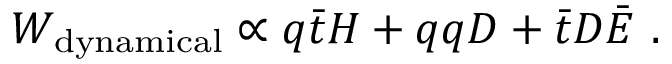
W _ { \mathrm { d y n a m i c a l } } \propto q \bar { t } H + q q D + \bar { t } D \bar { E } \ .